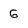
Character: G